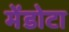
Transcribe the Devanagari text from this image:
मेंडोटा